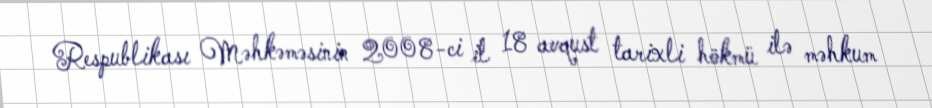
Respublikası Məhkəməsinin 2008-ci il 18 avqust tarixli hökmü ilə məhkum